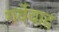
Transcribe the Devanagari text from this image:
गर्वेवाद